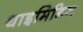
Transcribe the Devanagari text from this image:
थाइमिडिन